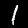
Digit: 1